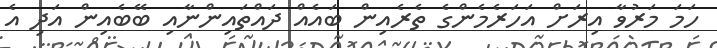
ހަމަ މަރުވާ އިރަށް އަހަރެމެންގެ ތެރެއިން ބައެއް ދައްތައިންނާއި ބޭބެއިން އަދި އެ